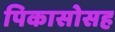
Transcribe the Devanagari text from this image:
पिकासोसह